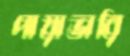
পায়াভারি